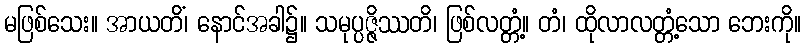
မဖြစ်သေး။ အာယတိံ၊ နောင်အခါ၌။ သမုပ္ပဇ္ဇိဿတိ၊ ဖြစ်လတ္တံ့။ တံ၊ ထိုလာလတ္တံ့သော ဘေးကို။